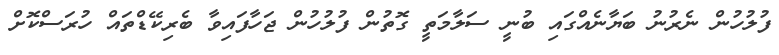
ފުލުހުން ނެރުނު ބަޔާނެއްގައި ބުނީ ސަލާމަތީ ގޮތުން ފުލުހުން ޖަހާފައިވާ ބެރިކޭޑްތައް ހުރަސްކޮށް